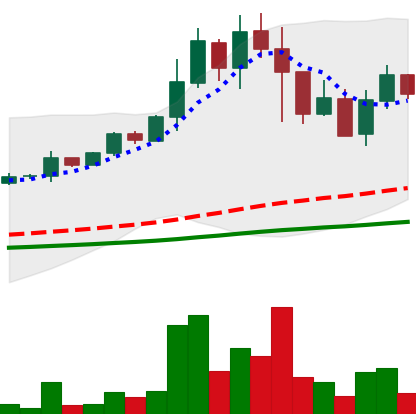
Ticker: DOGE-USD
Chart end date: 2021-05-15
Forward return: -21.217%
Label: down_7plus